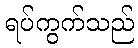
ရပ်ကွက်သည်